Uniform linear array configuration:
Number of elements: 4
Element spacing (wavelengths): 0.75
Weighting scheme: exponential
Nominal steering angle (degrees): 60
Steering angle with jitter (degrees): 59.978
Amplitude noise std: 0.05
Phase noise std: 0.05

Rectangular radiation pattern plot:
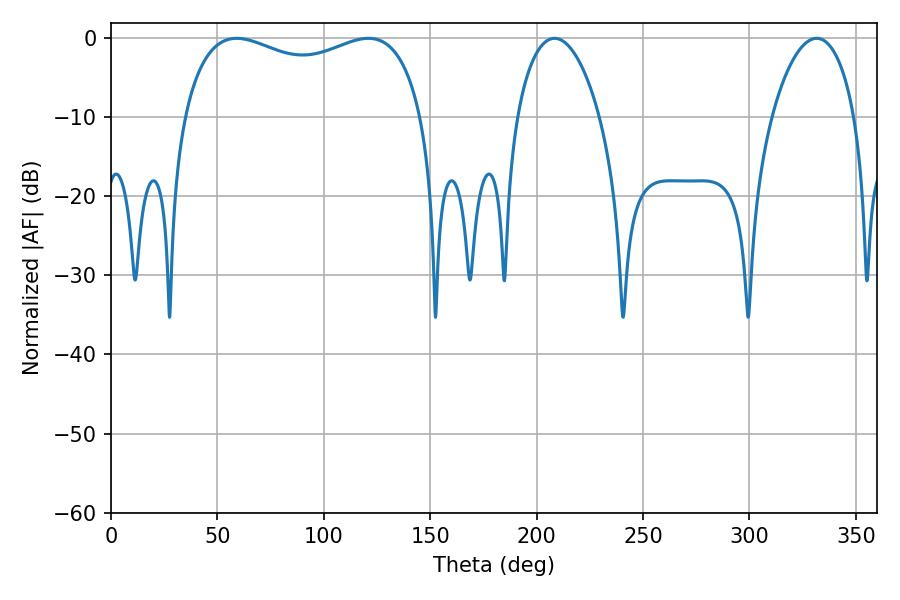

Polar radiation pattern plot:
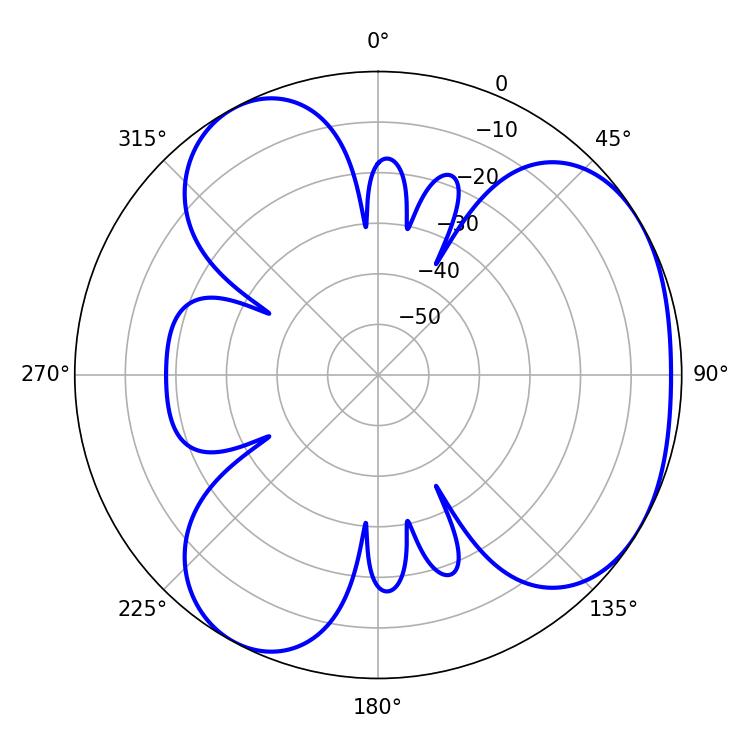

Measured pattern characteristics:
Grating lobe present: TRUE
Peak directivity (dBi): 3.906
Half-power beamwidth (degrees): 92.88
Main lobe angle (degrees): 120.96